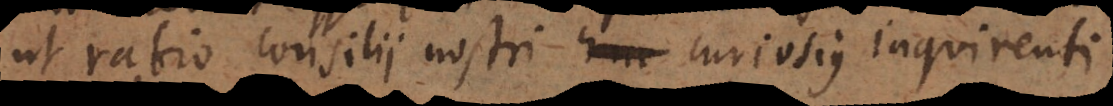
ut ratio consilii nostri curiosius inquirenti